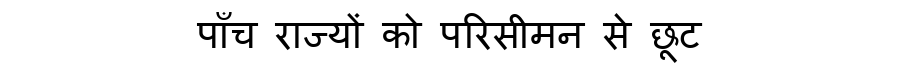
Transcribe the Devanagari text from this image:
पाँच राज्यों को परिसीमन से छूट